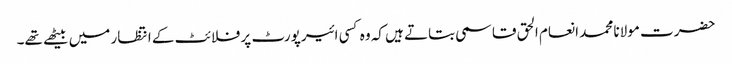
حضرت مولانا محمد انعام الحق قاسمی بتاتے ہیں کہ وہ کسی ائیرپورٹ پر فلائٹ کے انتظار میں بیٹھے تھے۔